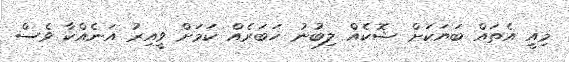
މިއީ އެތައް ބަޔަކަށް ޝޮކެއް ލިބުނު ޚަބަރެއް ކަމަށް ވީއިރު އަނެއްކާ ވެސް